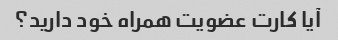
آیا کارت عضویت همراه خود دارید؟